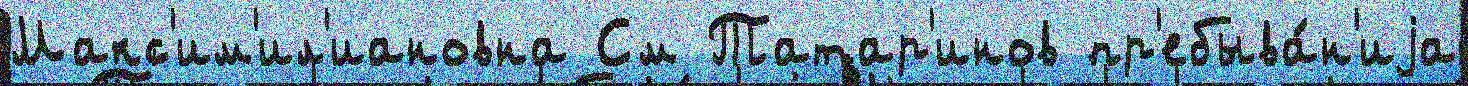
Макс'им'ил'иановна См Татар'инов пр'ебыва́н'иjа